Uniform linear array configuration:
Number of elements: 4
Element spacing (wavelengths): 0.75
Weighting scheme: exponential
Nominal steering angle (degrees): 60
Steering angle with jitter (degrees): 59.418
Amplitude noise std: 0.05
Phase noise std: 0.05

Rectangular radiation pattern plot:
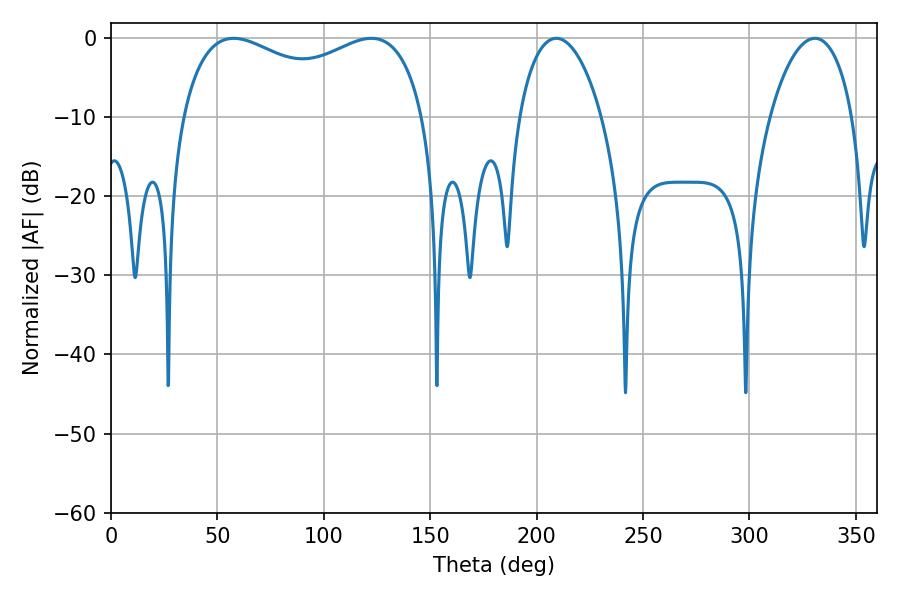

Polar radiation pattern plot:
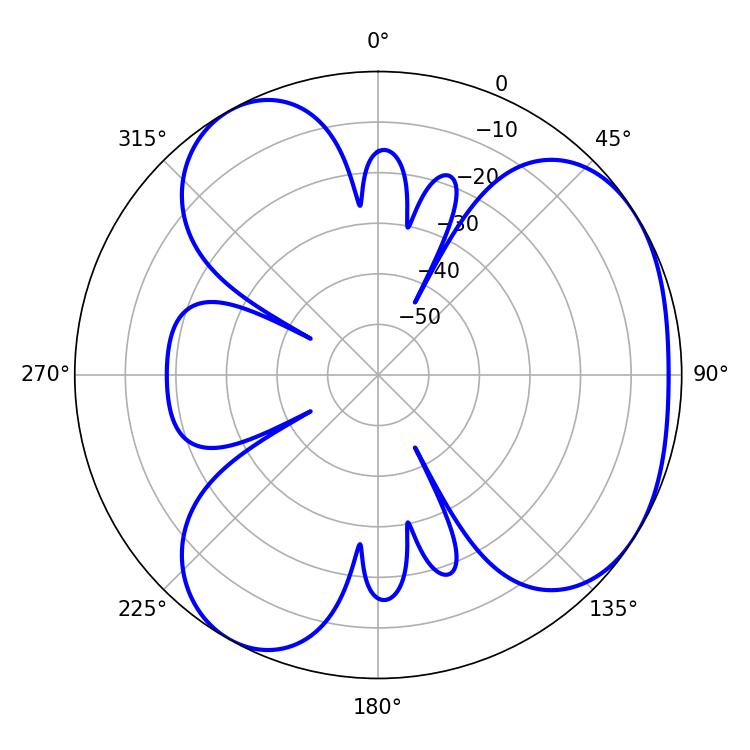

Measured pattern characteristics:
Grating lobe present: TRUE
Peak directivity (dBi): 4.116
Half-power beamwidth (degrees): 94.32
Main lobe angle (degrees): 57.6